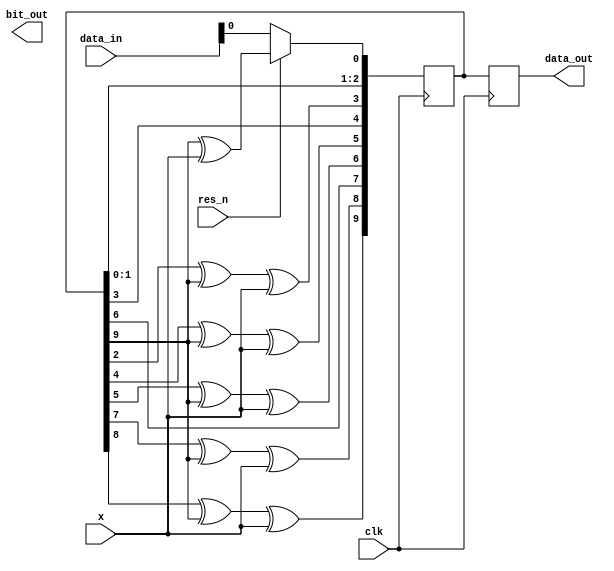
module BCH_Encoder(input clk, input res_n, input [9:0] data_in,input x,output reg [9:0] data_out,output reg bit_out);

reg [9:0] SR;

initial begin
SR[9:0] <= 0;
end

always @(posedge clk) begin
     if(res_n == 'b0)//From lecture slides
        SR[9:0] <= data_in [9:0];
    else                        //1
        SR[0] <= SR[9] ^ x;     //0
        SR[1] <= SR[0];         //0
        SR[2] <= SR[1];         //1
        SR[3] <= SR[2] ^ SR[9] ^ x; //0
        SR[4] <= SR[3];         //1
        SR[5] <= SR[4] ^ SR[9] ^ x; //1
        SR[6] <= SR[5] ^ SR[9] ^ x; //0
        SR[7] <= SR[6];         //1
        SR[8] <= SR[7] ^ SR[9] ^ x; //1
        SR[9] <= SR[8] ^ SR[9] ^ x; //1  
          
end
always @(posedge clk)begin
    //bit_out <= SR[9];
    data_out[9:0] <= SR[9:0];
end
endmodule